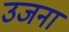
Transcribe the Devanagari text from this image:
उजना